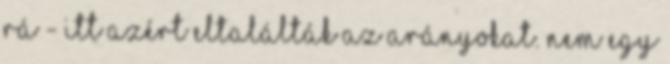
rá - itt azért eltalálták az arányokat. Nem egy